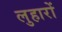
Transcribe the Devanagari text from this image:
लुहारों